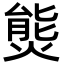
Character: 熋